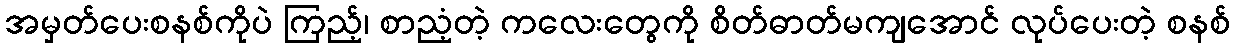
အမှတ်ပေးစနစ်ကိုပဲ ကြည့်၊ စာညံ့တဲ့ ကလေးတွေကို စိတ်ဓာတ်မကျအောင် လုပ်ပေးတဲ့ စနစ်